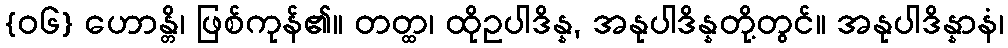
{၀၆} ဟောန္တိ၊ ဖြစ်ကုန်၏။ တတ္ထ၊ ထိုဥပါဒိန္န, အနုပါဒိန္နတို့တွင်။ အနုပါဒိန္နာနံ၊